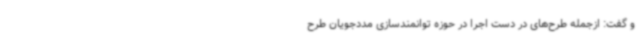
و گفت: ازجمله طرح‌های در دست اجرا در حوزه توانمندسازی مددجویان طرح